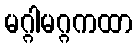
မဂ္ဂါမဂ္ဂကထာ